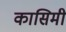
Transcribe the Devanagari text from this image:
कासिमी